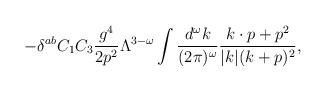
LaTeX: \begin{align*}- \delta^{ab} C_1C_3 {g^4 \over 2 p^2} \Lambda^{3-\omega}\int {d^\omega k \over (2\pi)^\omega} {k\cdot p + p^2 \over |k|(k+p)^2 },\end{align*}